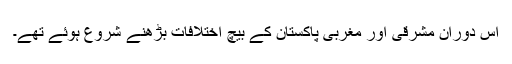
اس دوران مشرقی اور مغربی پاکستان کے بیچ اختلافات بڑھنے شروع ہوئے تھے۔